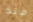
منذ